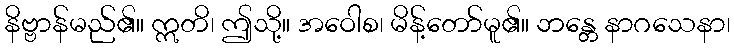
နိဗ္ဗာန်မည်၏။ ဣတိ၊ ဤသို့။ အဝေါစ၊ မိန့်တော်မူ၏။ ဘန္တေ နာဂသေနာ၊